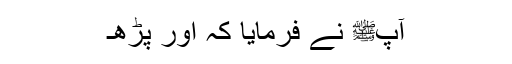
آپﷺ نے فرمایا کہ اور پڑھ۔